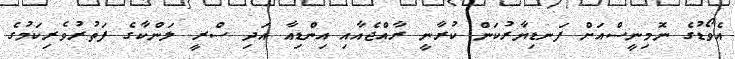
އެވޯޑުގެ ނޮމިނީސްއަށް ފަނޑިޔާރުކަން ކުރާނީ ރާއްޖެއާއި އިންޑިއާ އަދި ސްރީ ލަންކާގެ ފަތުރުވެރިކަމުގެ